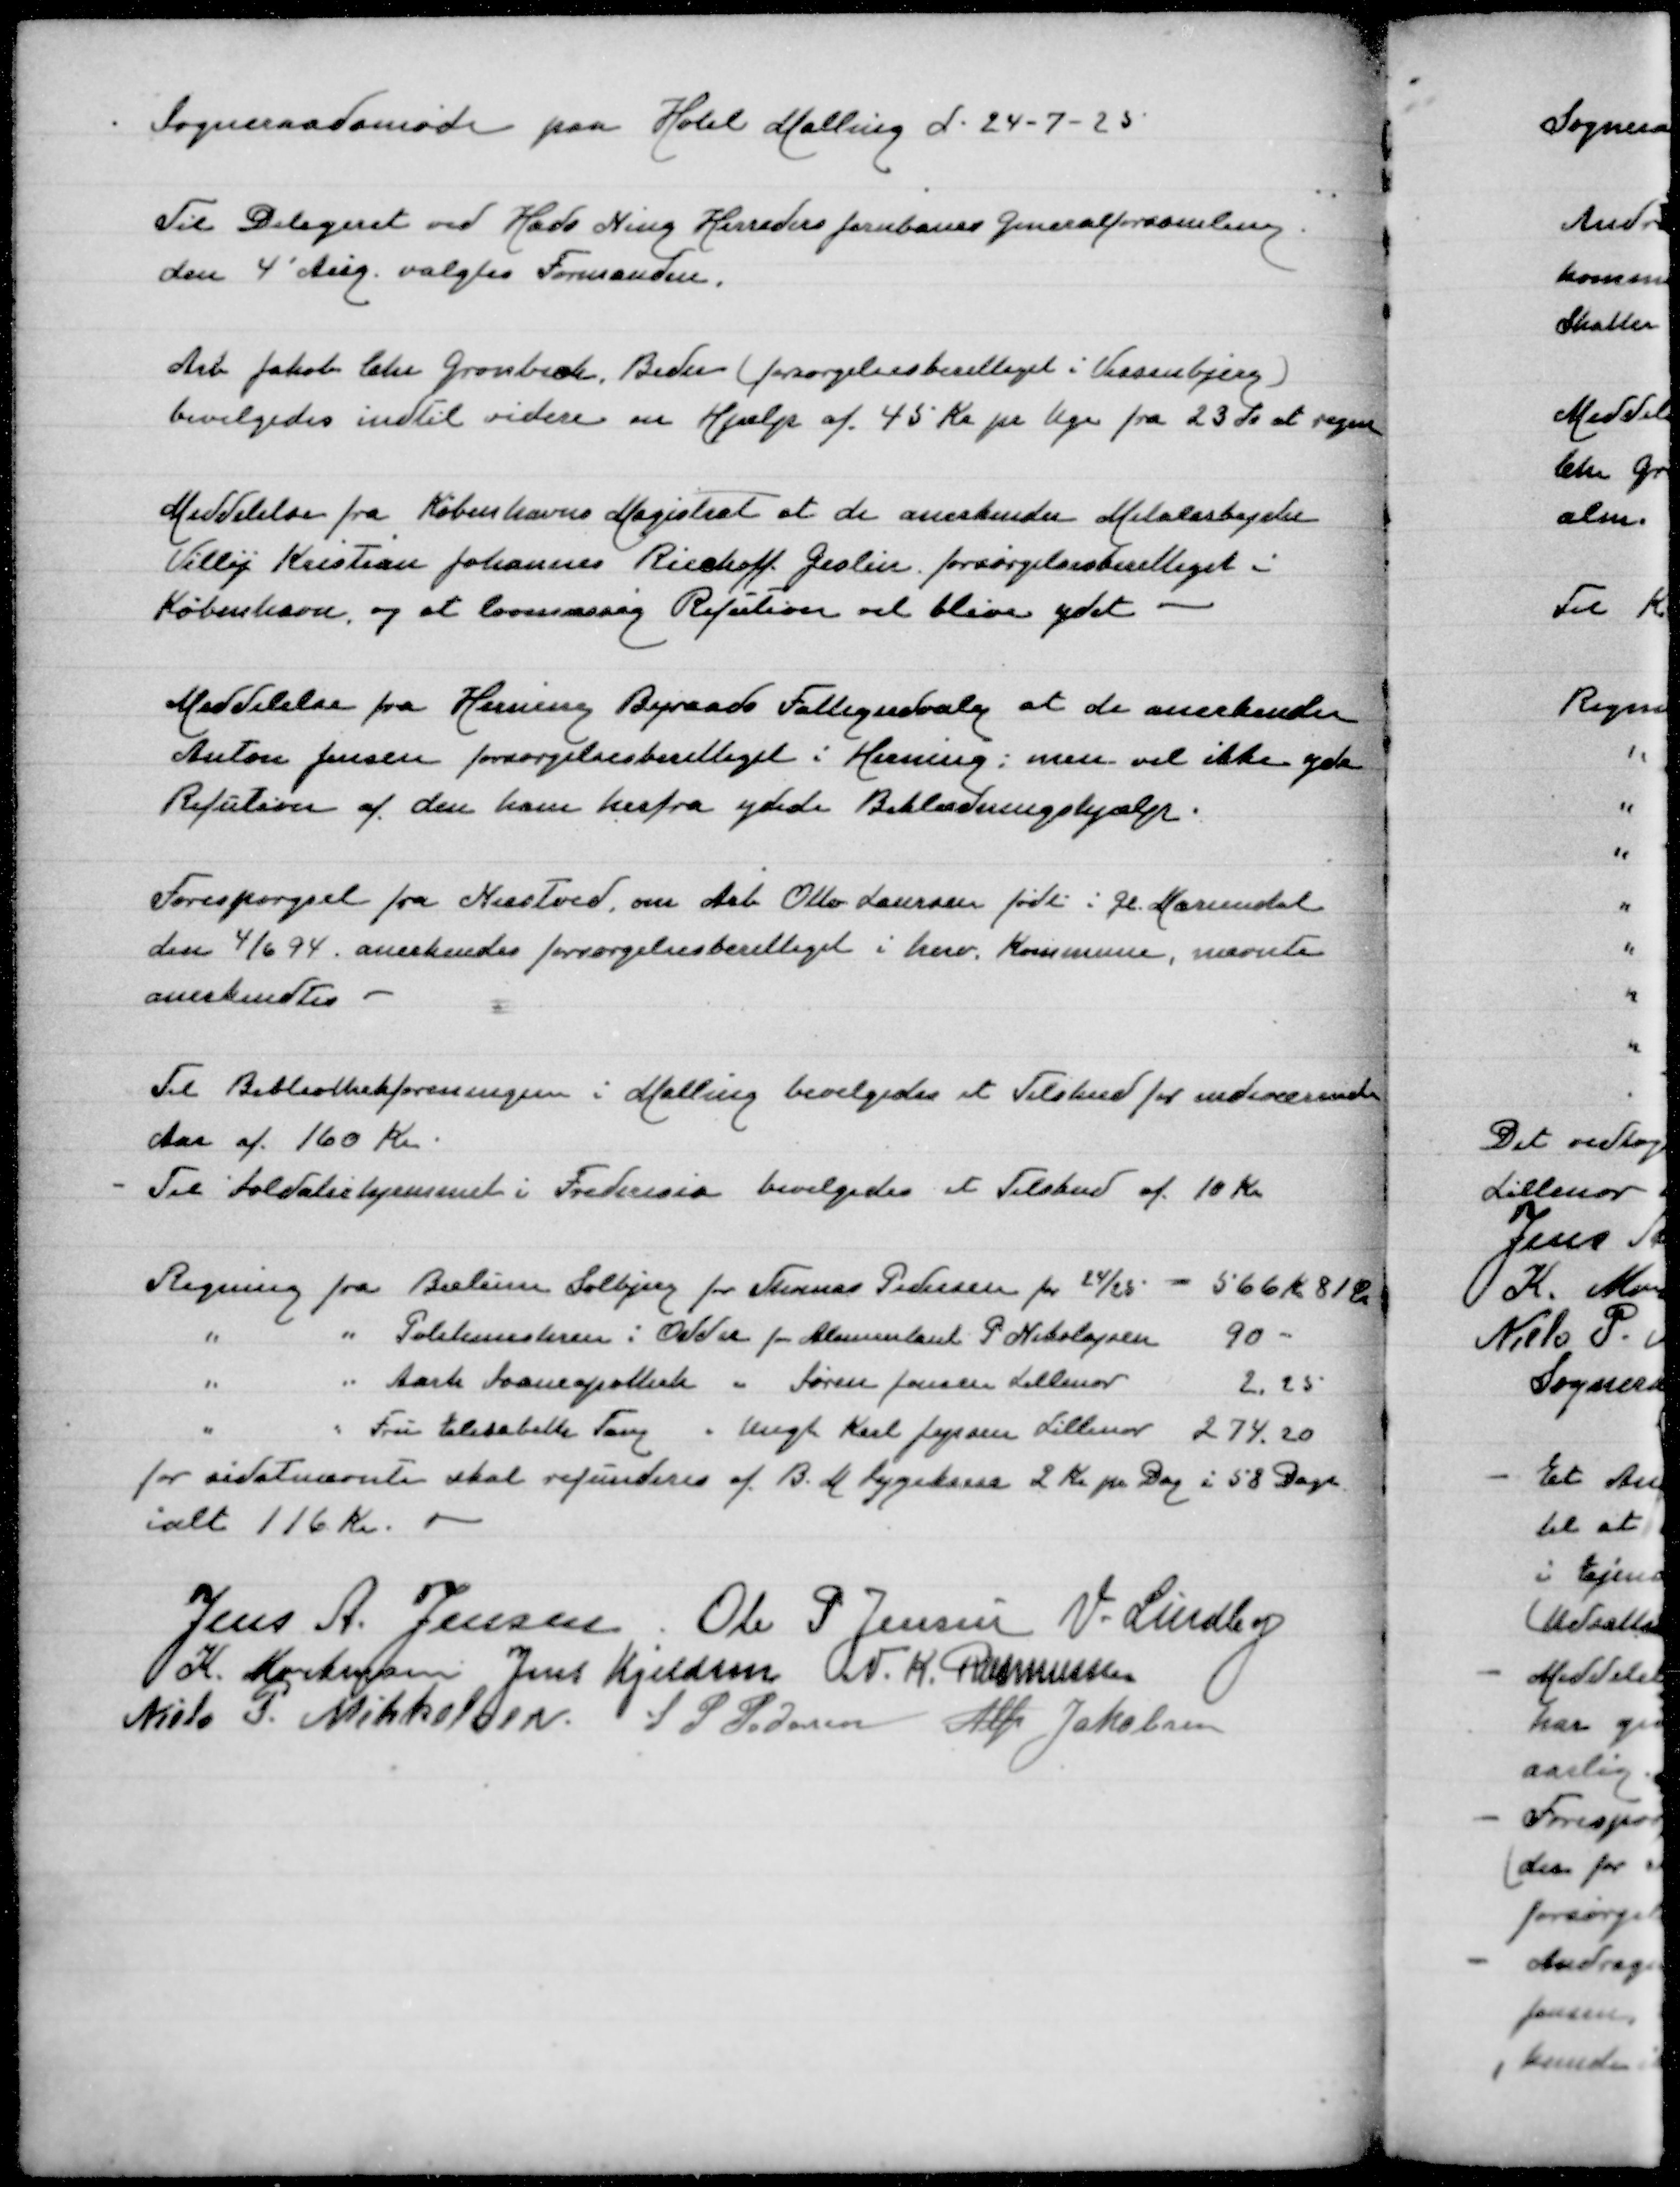
Transskription:
Sogneraadsøde paa Hotel Malling d 24-7-1925

Til Delegeret ved Hads Ning Herreders Jernbaners Generalforsamling
den 4' Aug valgtes Formanden

Arb Jakob Chr Grønbæk, Beder (forsørgelsesberettiget i Vissenbjerg)
bevilgedes indtil videre en Hjælp af 45 Kr pr Uge fra 23 ds at regne

Meddelelse fra Københavns Magistrat at de anerkender Metalarbejder
Villy Kristian Johannes Ricehoff Geslin forsørgelsesberettiget i
København, og at lovmæssig Refution vil blive ydet

Meddelelse fra Herning Byraads Fattigudvalg at de anerkemder
Anton Jensen forsørgelsesberettiget i Herning men vil ikke yde
Refution af den ham herfra ydede Beklædningshjælp

Forespørgsel fra Næstved, om Arb Otto Laursen født i Gl Mariendal
den 4/6 94 anerkendes forsørgelsesberettiget i herv Kommune, nævnte
anerkendtes

Til Biblioteksforeningen i Malling bevilgedes et Tilskud for indeværende
Aar af 160 Kr
Til Soldaterhjemmet i Fredericia bevilgedes et Tilskud af 10 Kr

Regning fra Bælum Solbjerg for Thomas Pedersen for 24/25
566 Kr 81 Ø
" " Politimesteren i Odder for Alimentant P Nikolajsen
l90
" " Aarh Apotek " Søren Jensen Lillenor
2,25
" " Fru Elisabeth Tang " Ungk Karl Jepsen Lillenor
274,20
for sidstnævnte skal refunderes af B M Sygekasse 2 Kr pr Dag i 58 Dage
ialt 116 Kr

Jens A Jensen
Ole P Jensen
V Lindby
K Mortensen
Jens Kjeldsen
N K Rasmussen
Niels P Mikkelsen
S P Pedersen
Alfr Jakobsen